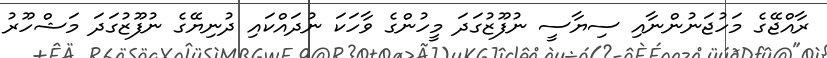
ރާއްޖޭގެ މަހުޖަނުންނާއި ސިޔާސީ ނުފޫޒުގަދަ މީހުންގެ ވާހަކަ ނުދައްކައި ދުނިޔޭގެ ނުފޫޒުގަދަ މަޝްހޫރު